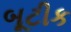
બૂટીક